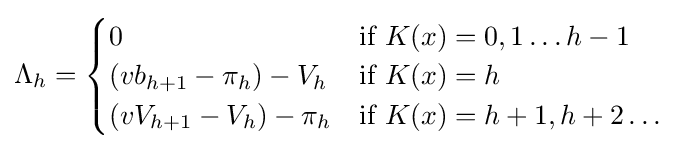
\Lambda _{h}={\begin{cases}0&{\mbox{if }}K(x)=0,1\dots h-1\\(vb_{h+1}-\pi _{h})-V_{h}&{\mbox{if }}K(x)=h\\(vV_{h+1}-V_{h})-\pi _{h}&{\mbox{if }}K(x)=h+1,h+2\dots \end{cases}}